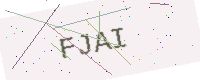
Text: FJAI